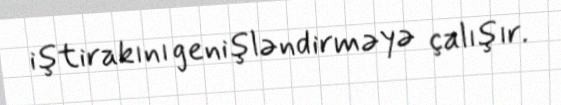
iştirakını genişləndirməyə çalışır.